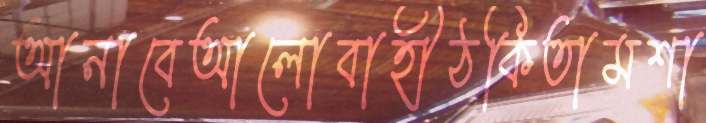
আনাবেআলোবাহীঠকিতামশা